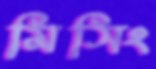
মিসিং